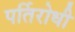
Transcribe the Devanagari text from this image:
पर्तिरोधी